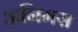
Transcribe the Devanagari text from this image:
अनिमस